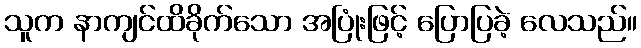
သူက နာကျင်ထိခိုက်သော အပြုံးဖြင့် ပြောပြခဲ့ လေသည်။